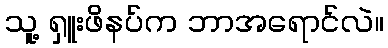
သူ့ ရှူးဖိနပ်က ဘာအရောင်လဲ။